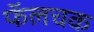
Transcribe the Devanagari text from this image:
फॅलचक